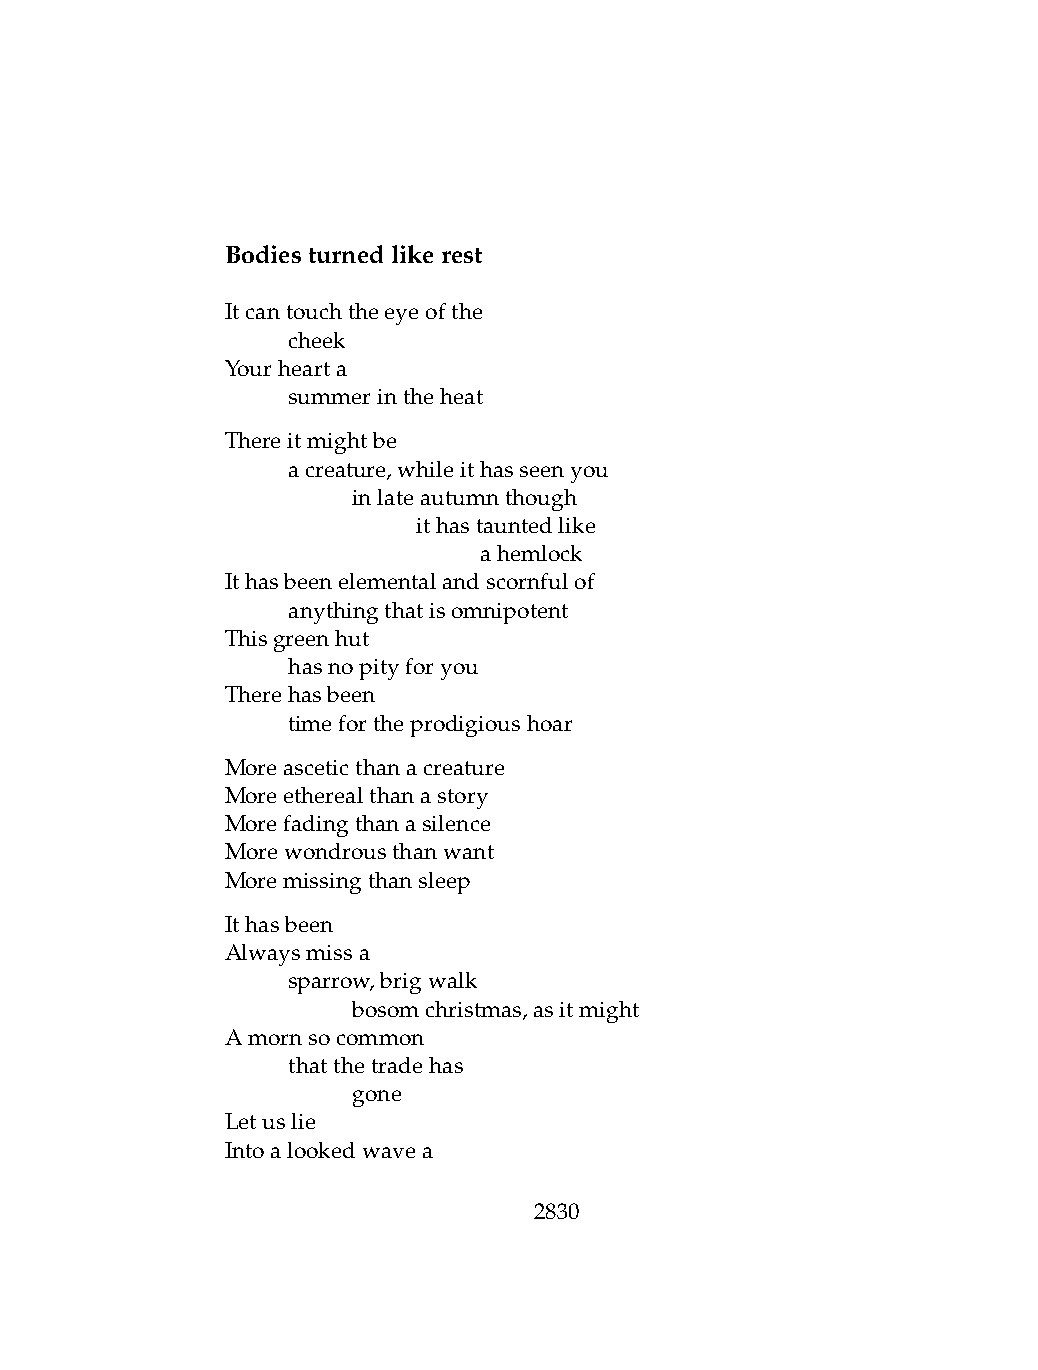
Bodiesturnedlikerest
 Itcantouchtheeyeofthe
 .   cheek
 Yourhearta
 .   summerintheheat
 Thereitmightbe
 .   acreature,whileithasseenyou
 .   .   inlateautumnthough
 .   .   .    ithastauntedlike
 .   .   .    .   ahemlock
 Ithasbeenelementalandscornfulof
 .   anythingthatisomnipotent
 Thisgreenhut
 .   hasnopityforyou
 Therehasbeen
 .   timefortheprodigioushoar
 Moreasceticthanacreature
 Moreetherealthanastory
 Morefadingthanasilence
 Morewondrousthanwant
 Moremissingthansleep
 Ithasbeen
 Alwaysmissa
 .   sparrow,brigwalk
 .   .   bosomchristmas,asitmight
 Amornsocommon
 .   thatthetradehas
 .   .   gone
 Letuslie
 Intoalookedwavea
 2830